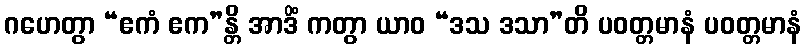
ဂဟေတွာ “ဧကံ ဧက”န္တိ အာဒိံ ကတွာ ယာဝ “ဒသ ဒသာ”တိ ပဝတ္တမာနံ ပဝတ္တမာနံ